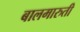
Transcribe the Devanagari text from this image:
बालमारुती